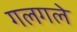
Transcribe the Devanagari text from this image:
गलगले